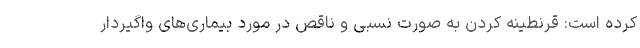
کرده است: قرنطینه کردن به صورت نسبی و ناقص در مورد بیماری‌های واگیردار